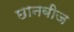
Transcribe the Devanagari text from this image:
छानबीज